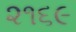
૨૧૬૯